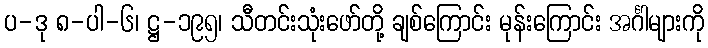
ပ-ဒု ၈-ပါ-၆၊ ဋ္ဌ-၁၉၅၊ သီတင်းသုံးဖော်တို့ ချစ်ကြောင်း မုန်းကြောင်း အင်္ဂါများကို